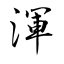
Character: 渾